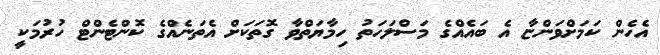
އެހެން ކަމަށްވަންޏާ އެ ބައެއްގެ މަސްލަހަތު ހިމާޔަތްވާ ގޮތަކަށް އެތަނެއްގެ ކޮންޓެންޓް ހުރުމަކީ